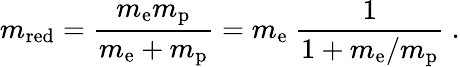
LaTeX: m_{\mathrm{red}}={\frac{m_{\mathrm{e}}m_{\mathrm{p}}}{m_{\mathrm{e}}+m_{\mathrm{p}}}}=m_{\mathrm{e}}~{\frac{1}{1+m_{\mathrm{e}}/m_{\mathrm{p}}}}~.